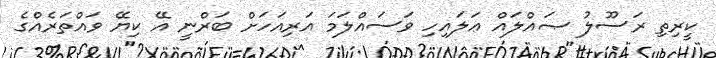
ކީރިތި ރަސޫލު ޞައްލައް ޢަލައިހި ވަސައްލަމަ އަރިއަހަށް ބަރްނީ އޭ ކިޔޭ ވައްތަރެއްގެ